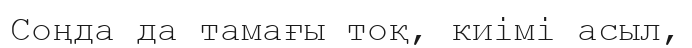
Соңда да тамағы тоқ, киімі асыл,